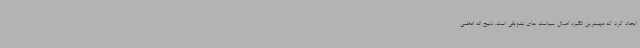
ایجاد کرد که مهمترین انگیزه اعمال سیاست های تشویقی است. ذبیح اله اعظمی